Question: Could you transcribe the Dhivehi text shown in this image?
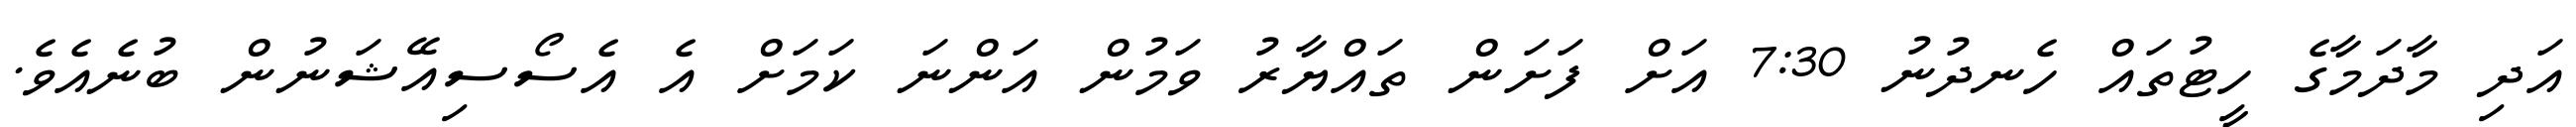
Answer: އަދި މާދަމާގެ ހީޓުތައް ހެނދުނު 7:30 އަށް ފަށަން ތައްޔާރު ވަމުން އަންނަ ކަމަށް އެ އެސޯސިއޭޝަނުން ބުނެއެވެ.